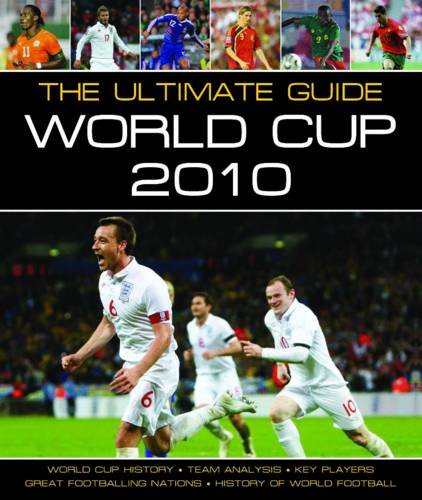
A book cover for The Ultimate Guide: World Cup, 2010 (Focus on); Teen & Young Adult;